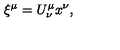
\xi ^ { \mu } = U _ { \nu } ^ { \mu } x ^ { \nu } ,